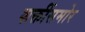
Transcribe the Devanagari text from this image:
शक्तींसमोर